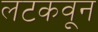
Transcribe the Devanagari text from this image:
लटकवून